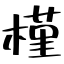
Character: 槿